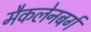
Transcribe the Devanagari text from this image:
मैकलेनबर्ग